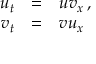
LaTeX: \begin{array} { r c l } { { u _ { t } } } & { { = } } & { { u v _ { x } \, , } } \\ { { v _ { t } } } & { { = } } & { { v u _ { x } } } \end{array}